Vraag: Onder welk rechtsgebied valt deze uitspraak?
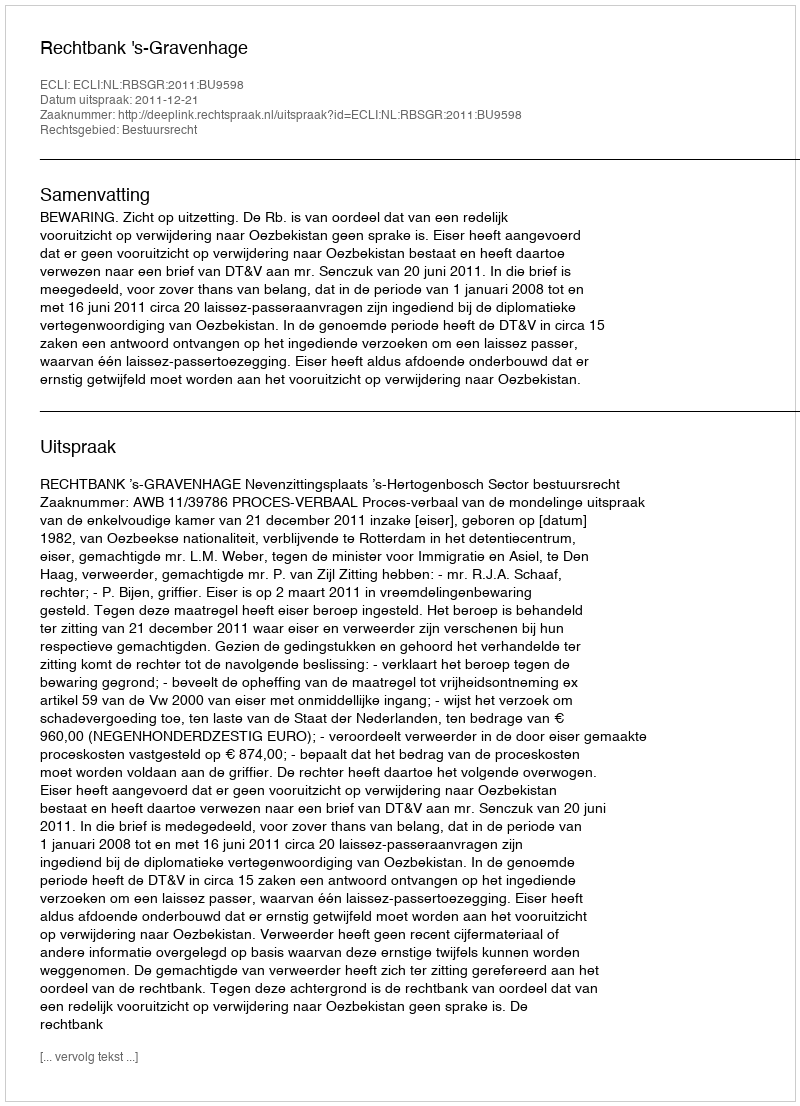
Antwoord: Bestuursrecht